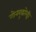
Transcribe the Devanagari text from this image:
गोनबुद्धारेड्डी